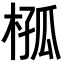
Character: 𣔞